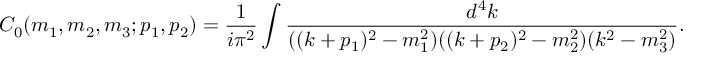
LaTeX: C _ { 0 } ( m _ { 1 } , m _ { 2 } , m _ { 3 } ; p _ { 1 } , p _ { 2 } ) = \frac { 1 } { i \pi ^ { 2 } } \int \frac { d ^ { 4 } k } { ( ( k + p _ { 1 } ) ^ { 2 } - m _ { 1 } ^ { 2 } ) ( ( k + p _ { 2 } ) ^ { 2 } - m _ { 2 } ^ { 2 } ) ( k ^ { 2 } - m _ { 3 } ^ { 2 } ) } .